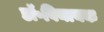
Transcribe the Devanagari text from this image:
डॉ॰विनायक